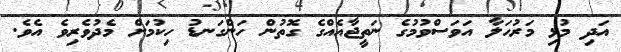
އަދި މުޅި މަރުހަލާ އަވަސްވުމުގެ ނަތީޖާއެއްގެ ގޮތުން ހަންގަނޑު ހިކުމަށް މެދުވެރިވެ އެވެ.